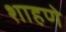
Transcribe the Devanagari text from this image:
शाहणे